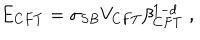
E _ { C F T } = \sigma _ { S B } V _ { C F T } \beta _ { C F T } ^ { 1 - d } \; ,